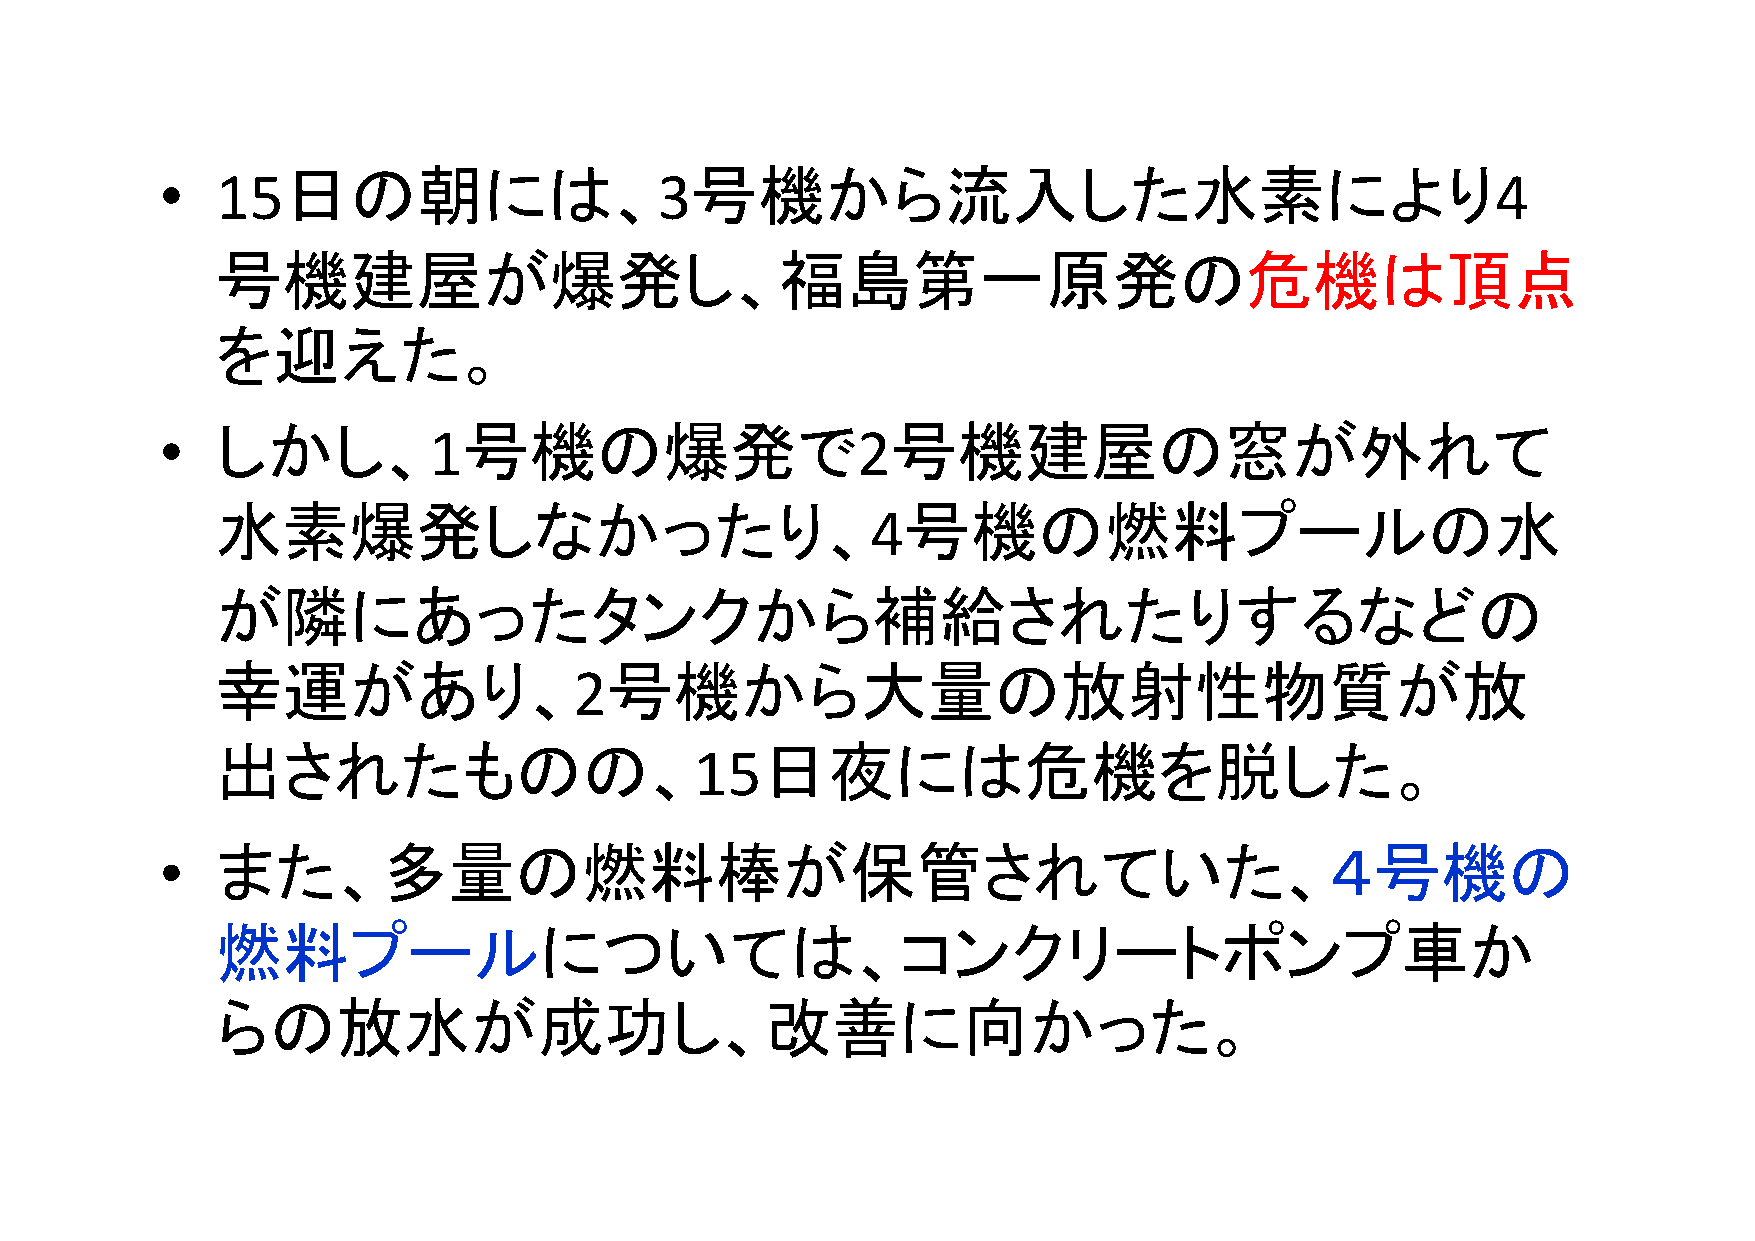
•  15日の朝には、                      3号機から流入した水素により                                         4
 号機建屋が爆発し、福島第一原発の危機は頂点
 を迎えた。
 •  しかし、          1号機の爆発で                      2号機建屋の窓が外れて
 水素爆発しなかったり、                                   号機の燃料プールの水
 4
 が隣にあったタンクから補給されたりするなどの
 幸運があり、                    号機から大量の放射性物質が放
 2
 出されたものの、                            日夜には危機を脱した。
 15
 •  また、多量の燃料棒が保管されていた、４号機の
 燃料プールについては、コンクリートポンプ車か
 らの放水が成功し、改善に向かった。